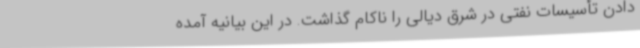
دادن تأسیسات نفتی در شرق دیالی را ناکام گذاشت. در این بیانیه آمده